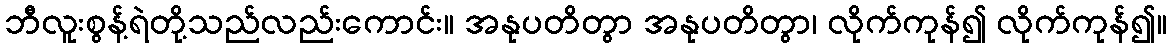
ဘီလူးစွန့်ရဲတို့သည်လည်းကောင်း။ အနုပတိတွာ အနုပတိတွာ၊ လိုက်ကုန်၍ လိုက်ကုန်၍။